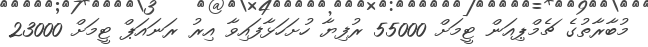
މުބާރާތުގެ ޗެމްޕިއަން ޓީމަށް 55000 ރުފިޔާ ހުށަހަޅާފައިވާ އިރު ރަނައަޕް ޓީމަށް 23000